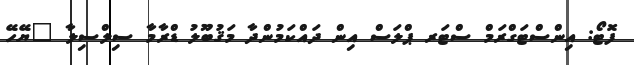
ފޮޓޯ: އިންސްޓަގްރަމް ސްޓަރ ޕްލަސް އިން ދައްކަމުންދާ މަޤުބޫލު ޑްރާމާ ސިލްސިލާ "ޔޭހޭ